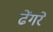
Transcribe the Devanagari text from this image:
ढेंगरे